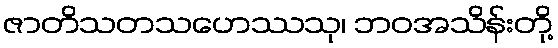
ဇာတိသတသဟေဿသု၊ ဘဝအသိန်းတို့